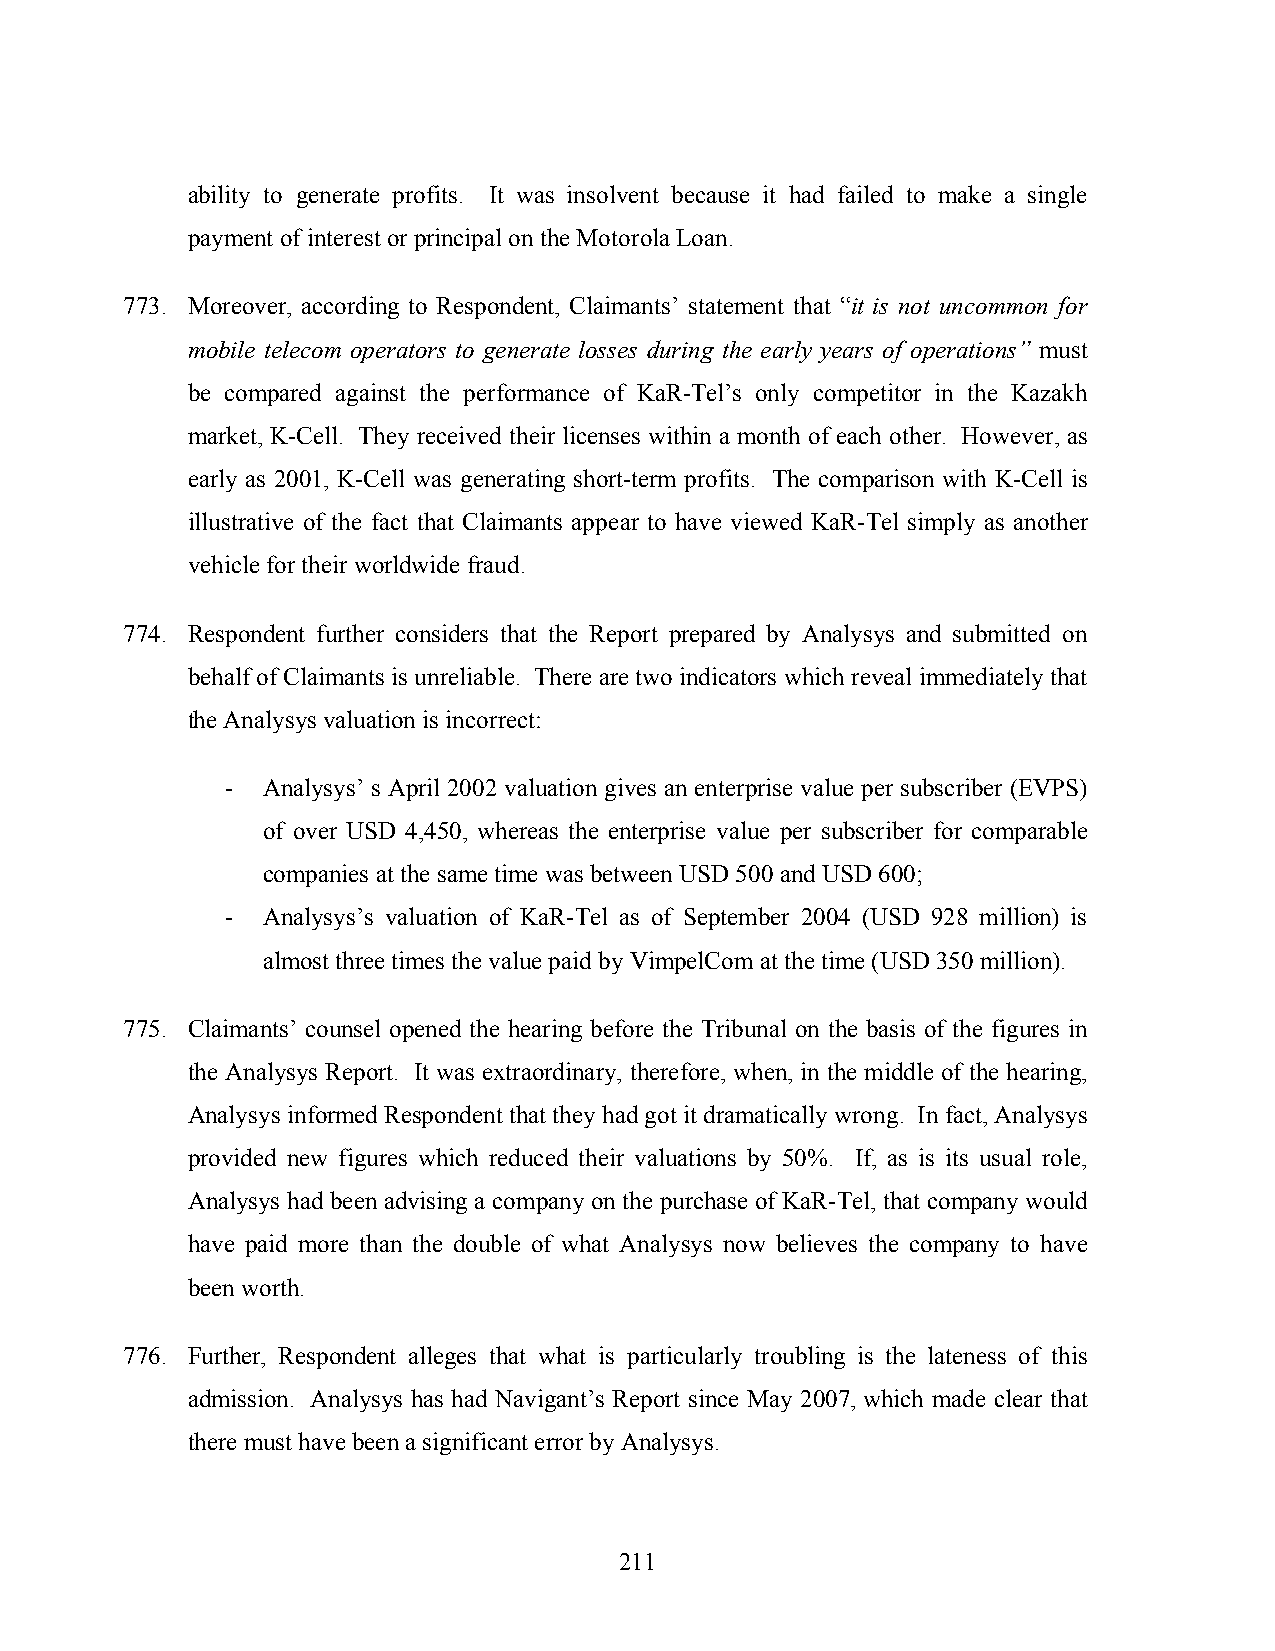
ability to generate profits. It was insolvent because it had failed to make a single
 payment of interest or principal on the Motorola Loan.
 773. Moreover, according to Respondent, Claimants’ statement that “it is not uncommon for
 mobile telecom operators to generate losses during the early years of operations” must
 be compared against the performance of KaR-Tel’s only competitor in the Kazakh
 market, K-Cell. They received their licenses within a month of each other. However, as
 early as 2001, K-Cell was generating short-term profits. The comparison with K-Cell is
 illustrative of the fact that Claimants appear to have viewed KaR-Tel simply as another
 vehicle for their worldwide fraud.
 774. Respondent further considers that the Report prepared by Analysys and submitted on
 behalf of Claimants is unreliable. There are two indicators which reveal immediately that
 the Analysys valuation is incorrect:
 - Analysys’ s April 2002 valuation gives an enterprise value per subscriber (EVPS)
 of over USD 4,450, whereas the enterprise value per subscriber for comparable
 companies at the same time was between USD 500 and USD 600;
 - Analysys’s valuation of KaR-Tel as of September 2004 (USD 928 million) is
 almost three times the value paid by VimpelCom at the time (USD 350 million).
 775. Claimants’ counsel opened the hearing before the Tribunal on the basis of the figures in
 the Analysys Report. It was extraordinary, therefore, when, in the middle of the hearing,
 Analysys informed Respondent that they had got it dramatically wrong. In fact, Analysys
 provided new figures which reduced their valuations by 50%. If, as is its usual role,
 Analysys had been advising a company on the purchase of KaR-Tel, that company would
 have paid more than the double of what Analysys now believes the company to have
 been worth.
 776. Further, Respondent alleges that what is particularly troubling is the lateness of this
 admission. Analysys has had Navigant’s Report since May 2007, which made clear that
 there must have been a significant error by Analysys.
 211